Report of the King Institute of Preventive Medicine, Guindy
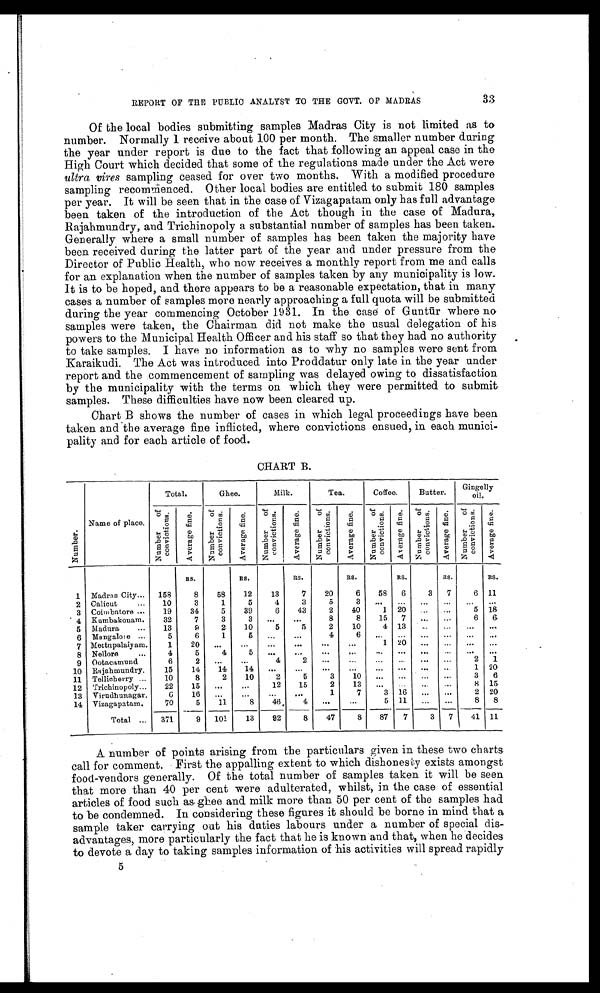
33
REPORT OF THE PUBLIC ANALYST TO THE GOVT. OF MADRAS
Of the local bodies submitting samples Madras City is not limited as to
number. Normally 1 receive about 100 per month. The smaller number during
the year under report is due to the fact that following an appeal case in the
High Court which decided that some of the regulations made under the Act were
ultra vires sampling ceased for over two months. With a modified procedure
sampling recommenced. Other local bodies are entitled to submit 180 samples
per year. It will be seen that in the case of Vizagapatam only has full advantage
been taken of the introduction of the Act though in the case of Madura,
Rajahmundry, and Trichinopoly a substantial number of samples has been taken.
Generally where a small number of samples has been taken the majority have
been received during the latter part of the year and under pressure from the
Director of Public Health, who now receives a monthly report from me and calls
for an explanation when the number of samples taken by any municipality is low.
It is to be hoped, and there appears to be a reasonable expectation, that in many
cases a number of samples more nearly approaching a full quota will be submitted
during the year commencing October 1931. In the case of Gunt ū r where no
samples were taken, the Chairman did not make the usual delegation of his
powers to the Municipal Health Officer and his staff so that they had no authority
to take samples. I have no information as to why no samples were sent from
Karaikudi. The Act was introduced into Proddatur only late in the year under
report and the commencement of sampling was delayed owing to dissatisfaction
by the municipality with the terms on which they were permitted to submit
samples. These difficulties have now been cleared up.
Chart B shows the number of cases in which legal proceedings have been
taken and the average fine inflicted, where convictions ensued, in each munici
-
pality and for each article of food.
CHART B.
N u m b e r .
Name of place.
Total.
Ghee.
Milk.
Tea.
Coffee.
Butter.
Gingelly
oil.
N u m b e r o f c o n v i c t i n o n s .
A v e r a g e f i n e .
N u m b e r o f c o n v i c t i o n s .
A v e r a g e f i n e .
N u m b e r o f c o n v i c t i o n s .
A v e r a g e f i n e .
N u m b e r o f c o n v i c t i o n s .
A v e r a g e f i n e .
N u m b e r o f c o n v i c t i o n s .
A v e r a g e f i n e .
N u m b e r o f c o n v i c t i o n s .
A v e r a g e f i n e .
N u m b e r o f c o n v i c t i o n s .
A v e r a g e f i n e .
RS.
RS.
RS.
RS.
RS.
RS.
RS.
1
Madras City . . .
158
8
58
12
13
7
20
6
58
6
3
7
6
11
2
Calicut . . .
10
3
1
5
4
3
5
3
. . .
. . .
. . .
. . .
. . .
. . .
3
Coimbatore . . .
19
34
5
39
6
43
2
40
1
20
. . .
. . .
5
18
4
Kumbakouam.
32
7
3
3
. . .
. . .
8
8
15
7
. . .
. . .
6
6
5
Madura . . .
13
9
2
10
5
5
2
10
4
13
. . .
. . .
. . .
. . .
6
Mangalore . . .
5
6
1
5
. . .
. . .
4
6
. . .
. . .
. . .
. . .
. . .
. . .
7
Mettupalaiyam.
1
20
. . .
. . .
. . .
. . .
. . .
. . .
1
2 0
. . .
. . .
. . .
. . .
8
Nellore . . .
4
5
4
5 . . .
. . .
. . .
. . .
. . .
. . .
. . .
. . .
. . .
. . .
9
Ootacamund
6
2
. . .
. . .
4
2
. . .
. . .
. . .
. . .
. . .
. . .
2
1
10
Rajahmundry.
15
14
14
14
. . .
. . .
. . .
. . .
. . .
. . .
. . .
. . .
1
20
11
Tellicherry . . .
10
8
2
10
2
5
3
1 0
. . .
. . .
. . .
. . .
3
6
22
15
. . .
. . .
12
15
2
1 3
. . .
. . .
. . .
. . .
8
15
12
Trichinopoly. . .
6
1 6
. . .
. . .
. . .
. . .
1
7
3
16
. . .
. . .
2
20
13
Virudhunagar.
14
Vizagapatam.
70
5
11
8
46
4
. . .
. . .
5
11
. . .
. . .
8
8
Total . . .
371
9
101
13
92
8
47
8
87
7
3
7
41
11
A number of points arising from the particulars given in these two charts
call for comment. First the appalling extent to which dishonesty exists amongst
food-vendors generally. Of the total number of samples taken it will be seen
that more than 40 per cent were adulterated, whilst, in the case of essential
articles of food such as ghee and milk more than 50 per cent of the samples had
to be condemned. In considering these figures it should be borne in mind that a
sample taker carrying out his duties labours under a number of special dis
-
advantages, more particularly the fact that he is known and that, when he decides
to devote a day to taking samples information of his activities will spread rapidly
5